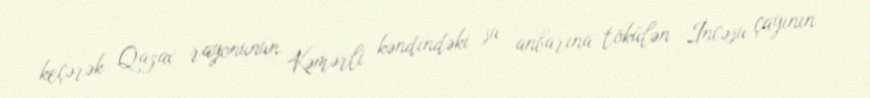
keçərək Qazax rayonunun Kəmərli kəndindəki su anbarına tökülən İncəsu çayının